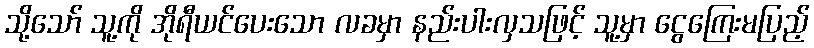
သို့သော် သူ့ကို အိုရီယင်ပေးသော လခမှာ နည်းပါးလှသဖြင့် သူ့မှာ ငွေကြေးမပြည့်